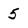
Character: 5